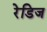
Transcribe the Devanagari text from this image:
रेडिज